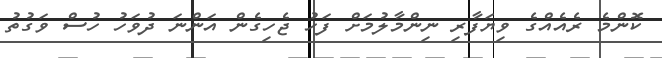
ކޮންމެ ރެއެއްގެ ވިޔަފާރި ނިންމާލުމަށް ފަހު ޖެހިގެން އަންނަ ދުވަހު ހުސް ވަގުތު